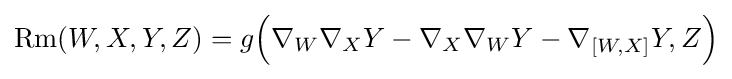
\operatorname {Rm} (W,X,Y,Z)=g{\Big (}\nabla _{W}\nabla _{X}Y-\nabla _{X}\nabla _{W}Y-\nabla _{[W,X]}Y,Z{\Big )}